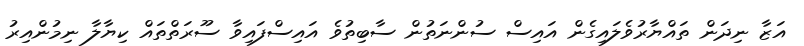
އަޒާ ނިދަން ތައްޔާރުވެލައިގެން އައިސް ސުންނަތުން ސާބިތުވެ އައިސްފައިވާ ސޫރަތްތައް ކިޔާލާ ނިމުންއިރު